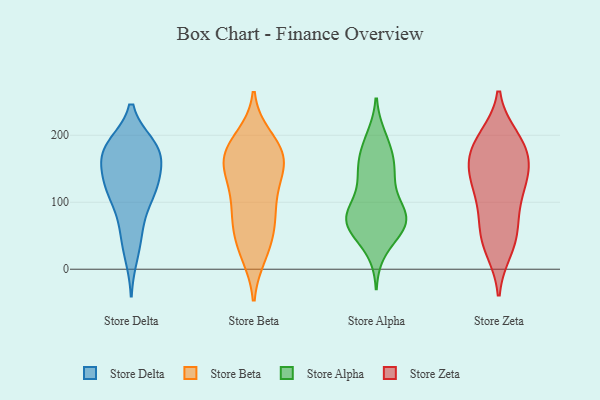
{"axis": {"x": "Active Users", "y": "Value"}, "legend": ["Store Alpha", "Store Beta", "Store Delta", "Store Zeta"], "data": [{"x": "", "y": 121, "type": "Store Delta"}, {"x": "", "y": 64, "type": "Store Delta"}, {"x": "", "y": 117, "type": "Store Delta"}, {"x": "", "y": 157, "type": "Store Delta"}, {"x": "", "y": 108, "type": "Store Delta"}, {"x": "", "y": 176, "type": "Store Delta"}, {"x": "", "y": 184, "type": "Store Delta"}, {"x": "", "y": 178, "type": "Store Delta"}, {"x": "", "y": 51, "type": "Store Delta"}, {"x": "", "y": 175, "type": "Store Delta"}, {"x": "", "y": 136, "type": "Store Delta"}, {"x": "", "y": 109, "type": "Store Delta"}, {"x": "", "y": 183, "type": "Store Delta"}, {"x": "", "y": 135, "type": "Store Delta"}, {"x": "", "y": 21, "type": "Store Delta"}, {"x": "", "y": 178, "type": "Store Delta"}, {"x": "", "y": 188, "type": "Store Beta"}, {"x": "", "y": 196, "type": "Store Beta"}, {"x": "", "y": 163, "type": "Store Beta"}, {"x": "", "y": 99, "type": "Store Beta"}, {"x": "", "y": 22, "type": "Store Beta"}, {"x": "", "y": 159, "type": "Store Beta"}, {"x": "", "y": 47, "type": "Store Beta"}, {"x": "", "y": 23, "type": "Store Beta"}, {"x": "", "y": 178, "type": "Store Beta"}, {"x": "", "y": 175, "type": "Store Beta"}, {"x": "", "y": 71, "type": "Store Beta"}, {"x": "", "y": 59, "type": "Store Beta"}, {"x": "", "y": 153, "type": "Store Beta"}, {"x": "", "y": 125, "type": "Store Beta"}, {"x": "", "y": 139, "type": "Store Beta"}, {"x": "", "y": 104, "type": "Store Beta"}, {"x": "", "y": 164, "type": "Store Beta"}, {"x": "", "y": 77, "type": "Store Beta"}, {"x": "", "y": 68, "type": "Store Alpha"}, {"x": "", "y": 73, "type": "Store Alpha"}, {"x": "", "y": 81, "type": "Store Alpha"}, {"x": "", "y": 64, "type": "Store Alpha"}, {"x": "", "y": 195, "type": "Store Alpha"}, {"x": "", "y": 169, "type": "Store Alpha"}, {"x": "", "y": 86, "type": "Store Alpha"}, {"x": "", "y": 59, "type": "Store Alpha"}, {"x": "", "y": 128, "type": "Store Alpha"}, {"x": "", "y": 149, "type": "Store Alpha"}, {"x": "", "y": 138, "type": "Store Alpha"}, {"x": "", "y": 76, "type": "Store Alpha"}, {"x": "", "y": 82, "type": "Store Alpha"}, {"x": "", "y": 75, "type": "Store Alpha"}, {"x": "", "y": 30, "type": "Store Alpha"}, {"x": "", "y": 152, "type": "Store Alpha"}, {"x": "", "y": 188, "type": "Store Alpha"}, {"x": "", "y": 30, "type": "Store Zeta"}, {"x": "", "y": 60, "type": "Store Zeta"}, {"x": "", "y": 193, "type": "Store Zeta"}, {"x": "", "y": 168, "type": "Store Zeta"}, {"x": "", "y": 143, "type": "Store Zeta"}, {"x": "", "y": 122, "type": "Store Zeta"}, {"x": "", "y": 144, "type": "Store Zeta"}, {"x": "", "y": 177, "type": "Store Zeta"}, {"x": "", "y": 156, "type": "Store Zeta"}, {"x": "", "y": 103, "type": "Store Zeta"}, {"x": "", "y": 129, "type": "Store Zeta"}, {"x": "", "y": 196, "type": "Store Zeta"}, {"x": "", "y": 37, "type": "Store Zeta"}, {"x": "", "y": 51, "type": "Store Zeta"}, {"x": "", "y": 85, "type": "Store Zeta"}, {"x": "", "y": 189, "type": "Store Zeta"}]}